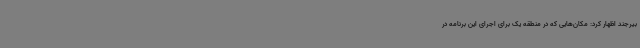
بیرجند اظهار کرد: مکان‌هایی که در منطقه یک برای اجرای این برنامه در